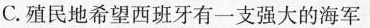
C.殖民地希望西班牙有一支强大的海军